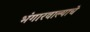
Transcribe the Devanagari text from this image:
भंगारवाल्याचे